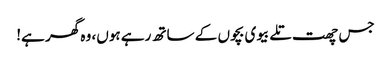
جس چھت تلے بیوی بچوں کے ساتھ رہے ہوں، وہ گھر ہے!